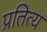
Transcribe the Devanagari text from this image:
प्रतित्य